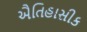
ઐતિહાસીક